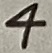
Text: 4